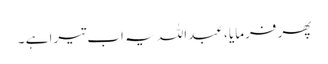
پھر فرمایا ، عبداللہ یہ اب تیرا ہے ۔